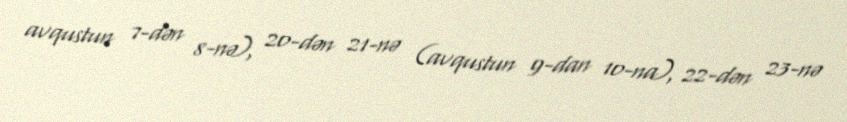
avqustun 7-dən 8-nə), 20-dən 21-nə (avqustun 9-dan 10-na), 22-dən 23-nə